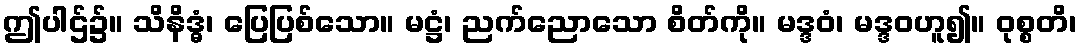
ဤပါဌ်၌။ သိနိဒ္ဓံ၊ ပြေပြစ်သော။ မဋ္ဌံ၊ ညက်ညောသော စိတ်ကို။ မဒ္ဒဝံ၊ မဒ္ဒဝဟူ၍။ ဝုစ္စတိ၊